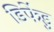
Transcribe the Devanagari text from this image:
डिफेंडु